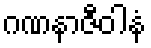
ဂဏနာဇီဝါနံ